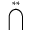
\bigcap ^ { * * }